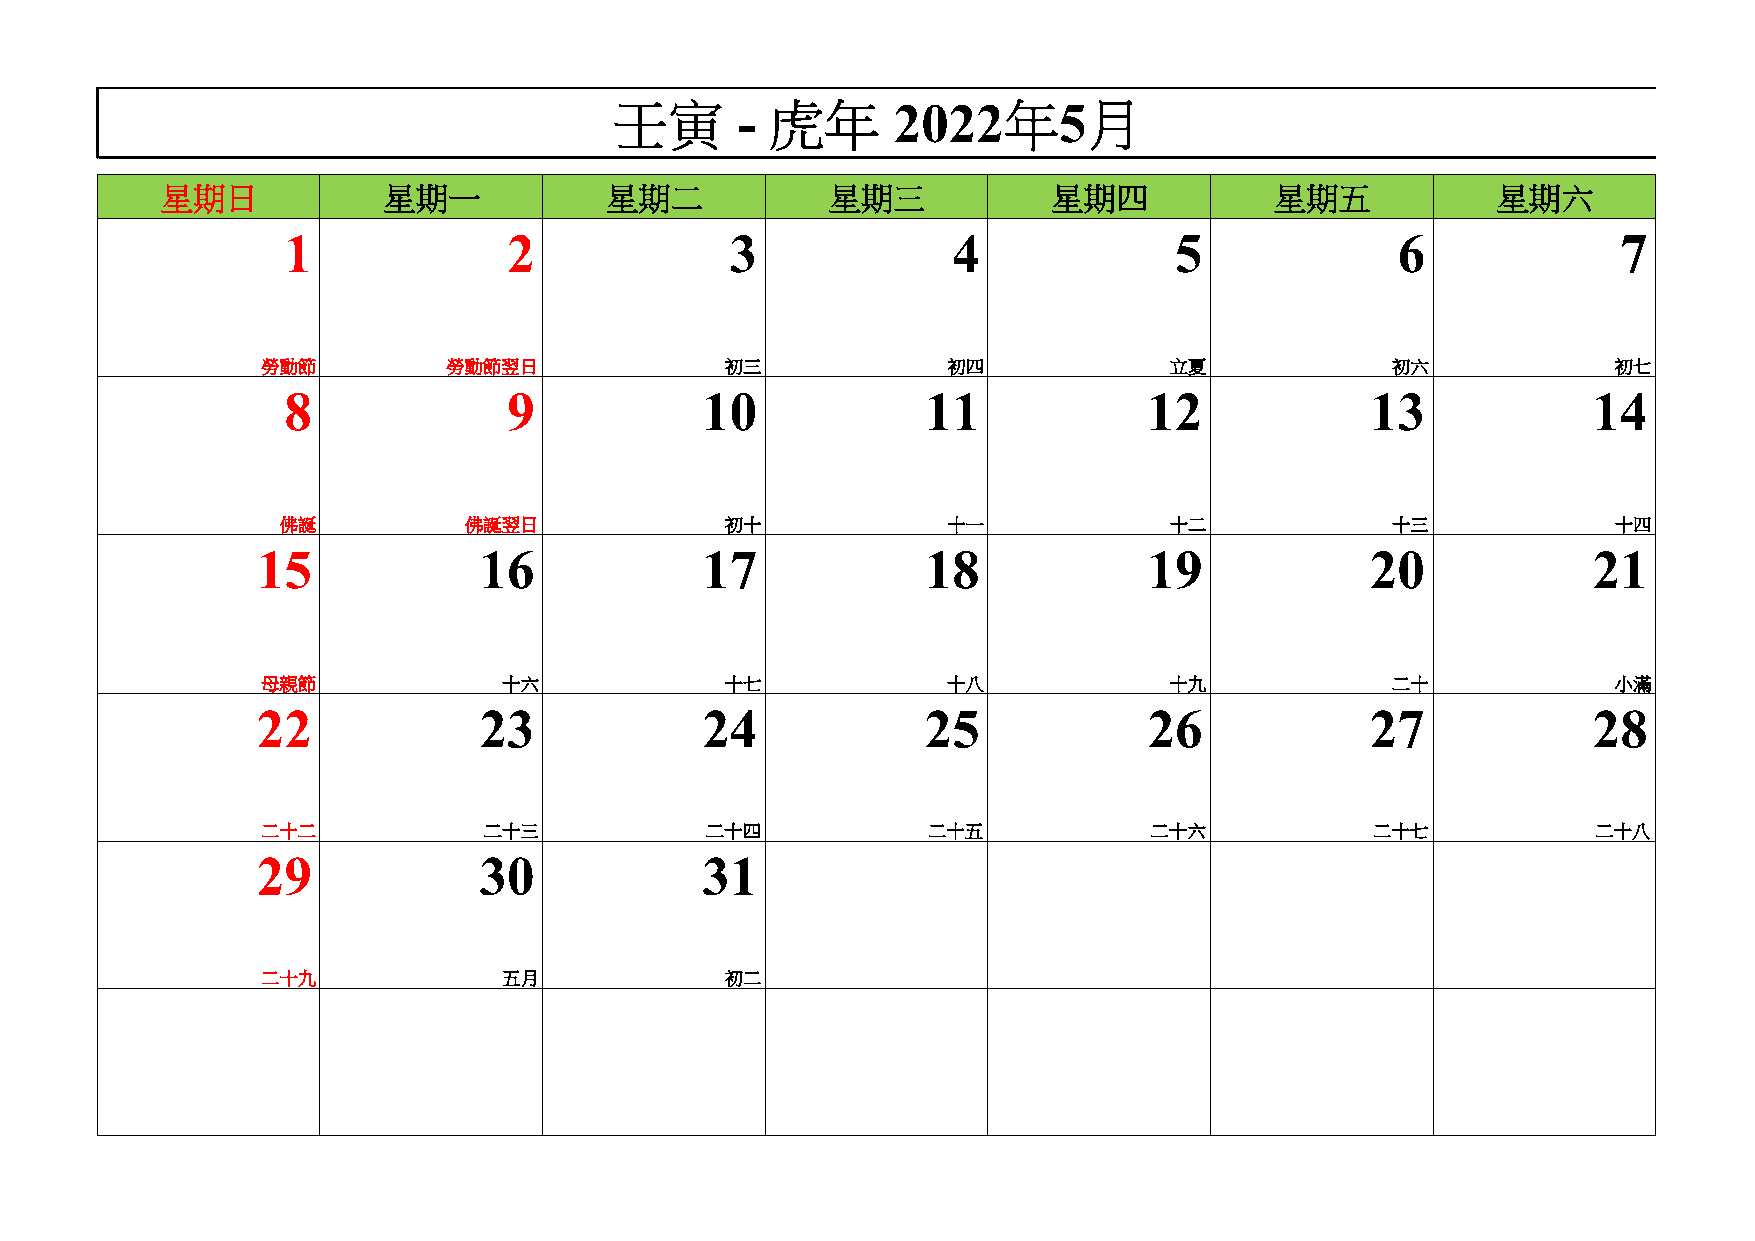
壬寅      - 虎年      2022年5月
 星期日           星期一            星期二            星期三            星期四           星期五            星期六
 1              2             3              4              5             6              7
 勞動節          勞動節翌日             初三             初四            立夏             初六             初七
 8              9           10             11             12             13            14
 佛誕          佛誕翌日             初十             十一            十二             十三             十四
 15             16            17             18             19             20            21
 母親節             十六             十七             十八            十九             二十             小滿
 22             23            24             25             26             27            28
 二十二            二十三            二十四           二十五            二十六            二十七            二十八
 29             30            31
 二十九             五月             初二